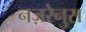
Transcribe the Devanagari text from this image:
नज़रेनुस